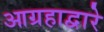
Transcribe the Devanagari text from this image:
आग्रहाद्वारे